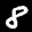
Label: 8